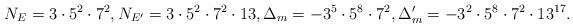
LaTeX: \begin{align*}N_E = 3 \cdot 5^2 \cdot 7^2, N_{E'} = 3 \cdot 5^2 \cdot 7^2 \cdot 13, \Delta_m = -3^5 \cdot 5^8 \cdot 7^2, \Delta_m' = -3^2 \cdot 5^8 \cdot 7^2 \cdot 13^{17}.\end{align*}